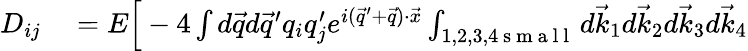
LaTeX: \begin{array}{rl}{D_{ij}}&{{}=E\Big[-4\int d\vec{q}d\vec{q}^{\prime}q_{i}q_{j}^{\prime}e^{i(\vec{q}^{\prime}+\vec{q})\cdot\vec{x}}\int_{1,2,3,4\mathrm{~s~m~a~l~l~}}d\vec{k}_{1}d\vec{k}_{2}d\vec{k}_{3}d\vec{k}_{4}}\end{array}